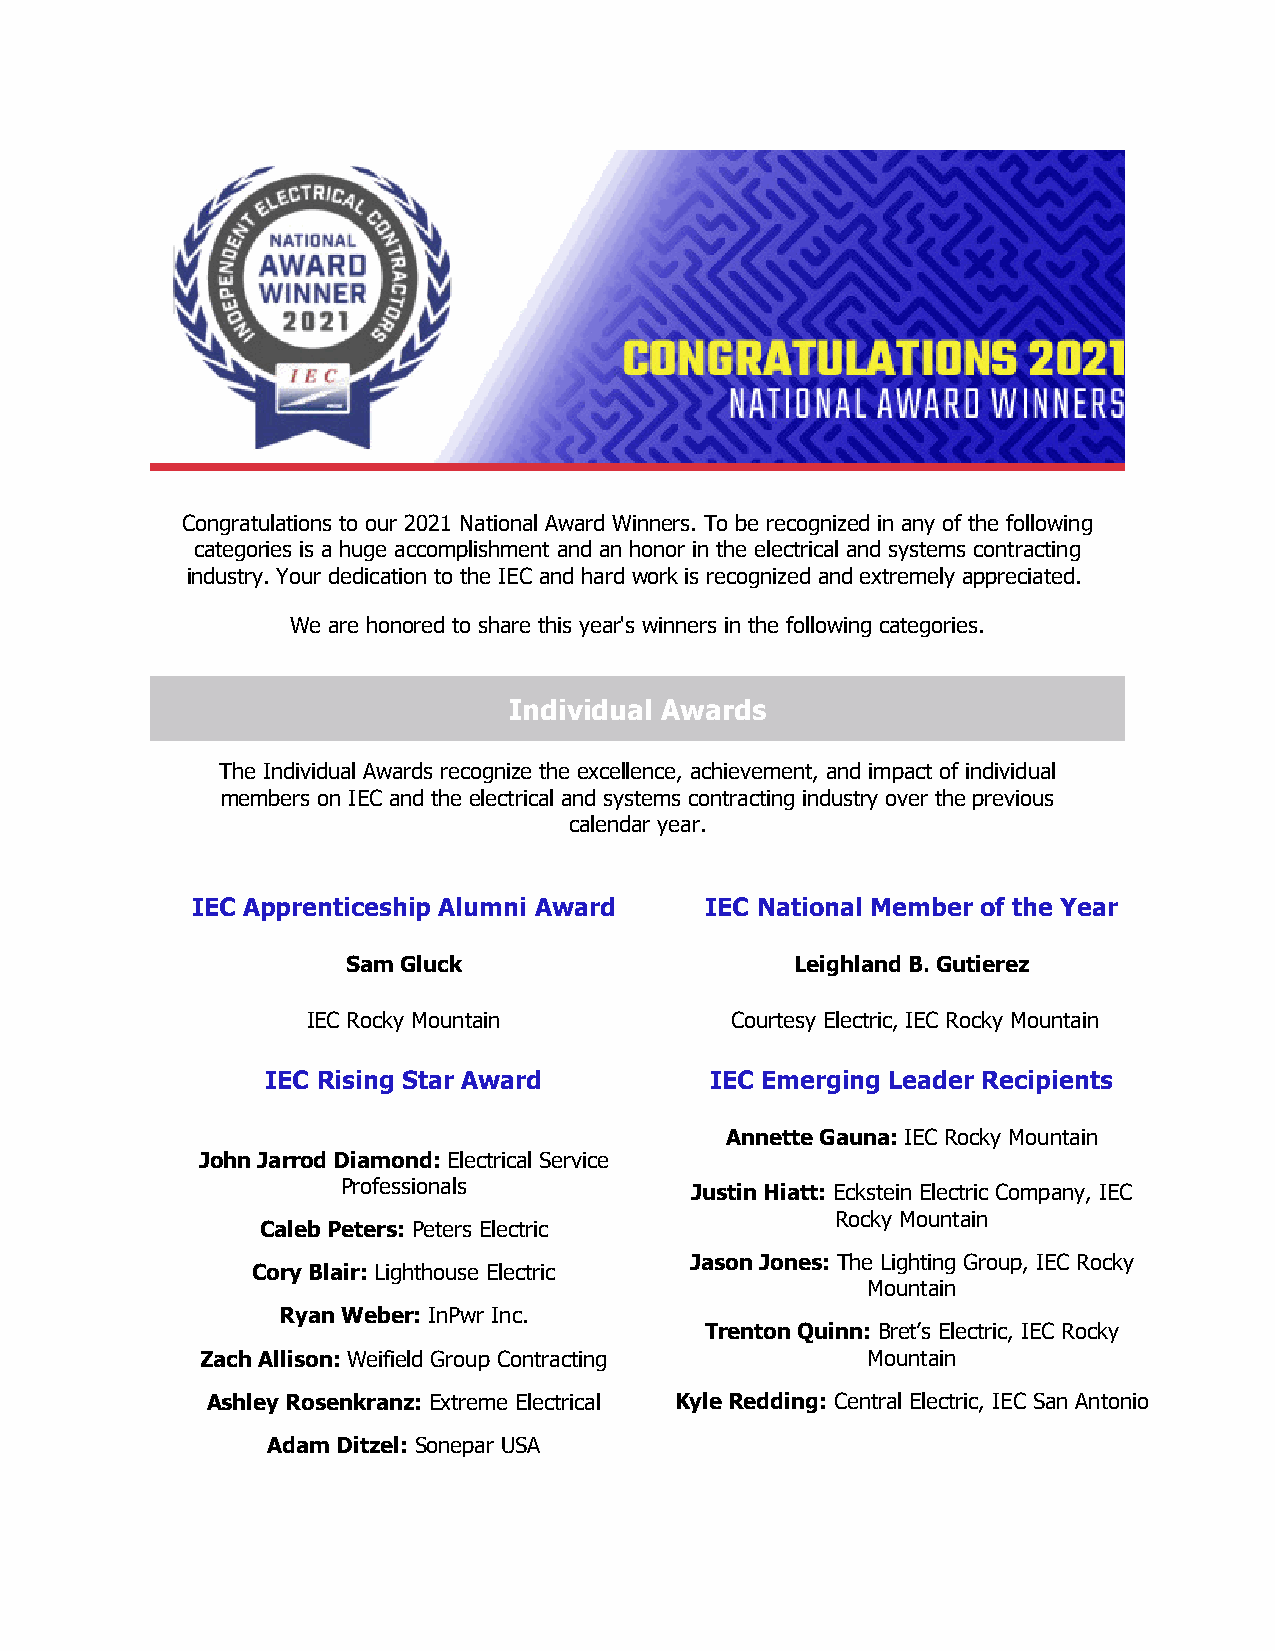
Congratulations to our 2021 National Award Winners. To be recognized in any of the following
 categories is a huge accomplishment and an honor in the electrical and systems contracting
 industry. Your dedication to the IEC and hard work is recognized and extremely appreciated.
 We are honored to share this year's winners in the following categories.
 Individual Awards
 The Individual Awards recognize the excellence, achievement, and impact of individual
 members on IEC and the electrical and systems contracting industry over the previous
 calendar year.
 IEC Apprenticeship Alumni Award   IEC National Member of the Year
 Sam Gluck                     Leighland B. Gutierez
 IEC Rocky Mountain          Courtesy Electric, IEC Rocky Mountain
 IEC Rising Star Award        IEC Emerging Leader Recipients
 Annette Gauna: IEC Rocky Mountain
 John Jarrod Diamond: Electrical Service
 Professionals          Justin Hiatt: Eckstein Electric Company, IEC
 Rocky Mountain
 Caleb Peters: Peters Electric
 Jason Jones: The Lighting Group, IEC Rocky
 Cory Blair: Lighthouse Electric
 Mountain
 Ryan Weber: InPwr Inc.
 Trenton Quinn: Bret’s Electric, IEC Rocky
 Zach Allison: Weifield Group Contracting    Mountain
 Ashley Rosenkranz: Extreme Electrical Kyle Redding: Central Electric, IEC San Antonio
 Adam Ditzel: Sonepar USA